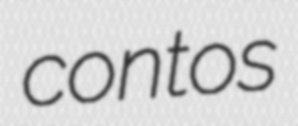
contos